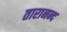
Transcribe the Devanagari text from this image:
तारानन्द